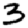
Digit: 3